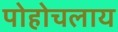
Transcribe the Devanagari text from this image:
पोहोचलाय